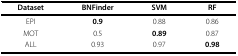
<table><thead><tr><td><b>Dataset</b></td><td><b>BNFinder</b></td><td><b>SVM</b></td><td><b>RF</b></td></tr></thead><tbody><tr><td>EPI</td><td><b>0.9</b></td><td>0.88</td><td>0.86</td></tr><tr><td>MOT</td><td>0.5</td><td><b>0.89</b></td><td>0.87</td></tr><tr><td>ALL</td><td>0.93</td><td>0.97</td><td><b>0.98</b></td></tr></tbody></table>